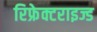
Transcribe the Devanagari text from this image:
रिफ्रेक्टराइज्ड